Vaccine operations Central Provinces & Berar 1922-1929 - 1922-1929
Year: 1922
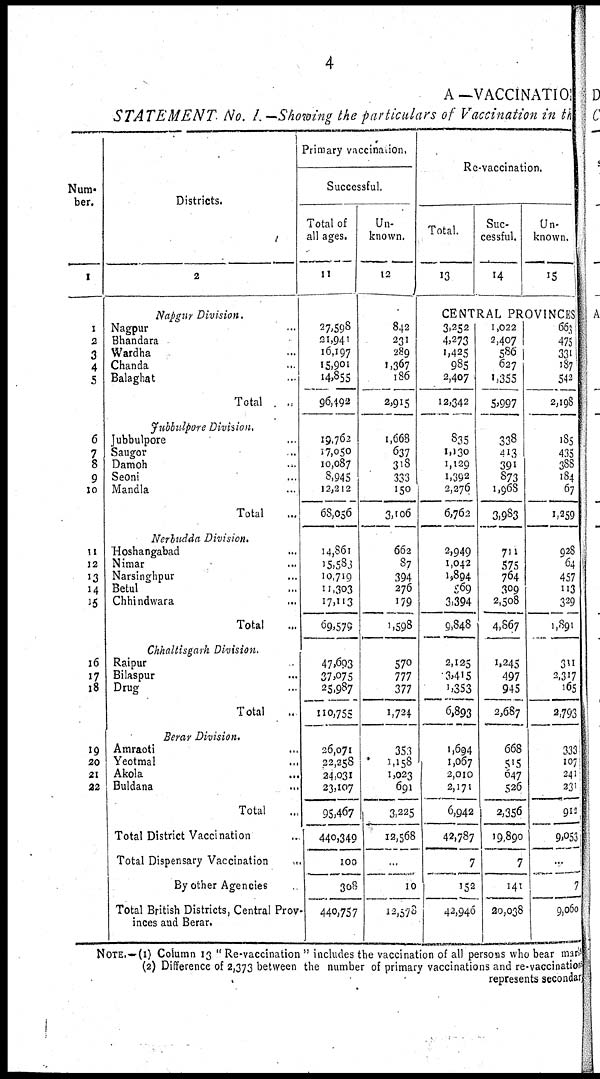
4
A—VACCINATION
STATEMENT No. I. —Showing the particulars of Vaccination in the
Num¬
ber.
1
1
2
3
4
5
6
7
8
9
10
11
12
13
14
15
16
17
18
19
20
21
22
Districts.
2
Nagpur Division.
Nagpur ...
Bhandara ...
Wardha ...
Chanda ...
Balaghat ...
Total ...
Jubbulpore Division.
Jubbulpore ...
Saugor ...
Damoh ...
Seoni ...
Mandla ...
Total ...
Nerbudda Division.
Hoshangabad ...
Nimar ...
Narsinghpur ...
Betul ...
Chhindwara ...
Total ...
Chhaltisgarh Division.
Raipur ...
Bilaspur ...
Drug ...
Total
...
Berar Division.
Amraoti ...
Yeotmal
...
Akola ...
Buldana ...
Total ...
Total District Vaccination ...
Total Dispensary Vaccination ...
By other Agencies
Total British Districts, Central Prov¬
inces and Berar.
Primary vaccination,
Successful.
Total of
all ages.
11
27,598
31,941
16,197
15,901
14,855
96,492
19,762
17,050
10,087
8,945
12,212
68,056
14,861
15,583
10,719
11,303
17,113
69,579
47,693
37,075
25,987
110,755
26,071
22,258
24,031
23,107
95,467
440,349
100
308
440,757
Un-
known.
12
842
231
289
1,367
186
2,915
1,668
637
318
333
150
3,106
662
87
394
276
179
1,598
570
777
377
1,724
353
1,158
1,023
691
3,225
12,568
...
10
12,578
Re-vaccination.
Total.
13
Suc-
cessful.
14
Un-
known.
15
CENTRAL PROVINCES
3,252
4,273
1,425
985
2,407
12,342
835
1,130
1,129
1,392
2,276
6,762
2,949
1,042
1,894
569
3,394
9,848
2,125
3,415
1,353
6,893
1,694
1,067
2,010
2,171
6,942
42,787
7
152
42,946
1,022
2,407
586
627
1,355
5,997
338
413
391
873
1,968
3,983
711
575
764
309
2,508
4,867
1,245
497
945
2,687
668
515
647
526
2,356
19,890
7
141
20,038
663
475
331
187
542
2,198
185
435
388
184
67
1,259
928
64
457
113
329
1,891
311
2,317
165
2,793
333
107
241
231
913
9,053
...
7
9,060
NOTE.—(1) Column 13 " Re-vaccination " includes the vaccination of all persons who bear mark
(2) Difference of 2,373 between the number of primary vaccinations and re-vaccinations
represents secondary